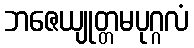
ဘဇေယျုတ္တမပုဂ္ဂလံ